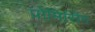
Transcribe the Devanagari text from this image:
प्रोमिसिंग